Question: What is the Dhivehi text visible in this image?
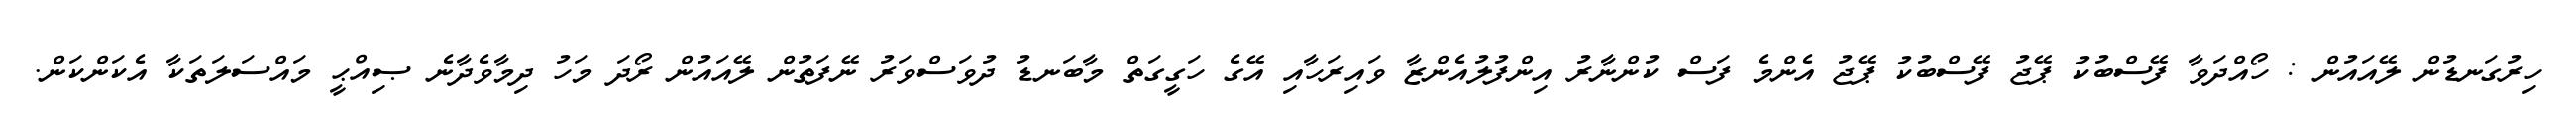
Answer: ހިރުގަނޑުން ލޭއައުން : ހޯއްދަވާ ފޭސްބުކު ޕޭޖު ފޭސްބުކު ޕޭޖު އެންމެ ފަސް ކުންނާރު އިންފުލުއެންޒާ ވައިރަހާއި އޭގެ ހަގީގަތް މާބަނޑު ދުވަސްވަރު ނޭފަތުން ލޭއައުން ރޯދަ މަހު ދިމާވެދާނެ ޞިއްޙީ މައްސަލަތަކާ އެކަންކަން.